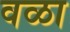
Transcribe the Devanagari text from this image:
वळा